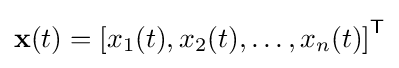
\mathbf {x} (t)=\left[x_{1}(t),x_{2}(t),\ldots ,x_{n}(t)\right]^{\mathsf {T}}